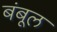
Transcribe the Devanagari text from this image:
बंबूल